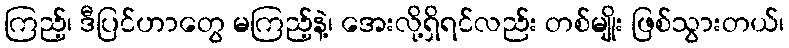
ကြည့်၊ ဒီပြင်ဟာတွေ မကြည့်နဲ့၊ အေးလို့ရှိရင်လည်း တစ်မျိုး ဖြစ်သွားတယ်၊